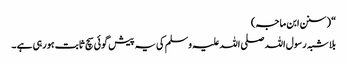
“ (سنن ابن ماجہ)
بلا شبہ رسول اللہ صلی اللہ علیہ وسلم کی یہ پیش گوئی سچ ثابت ہورہی ہے ۔